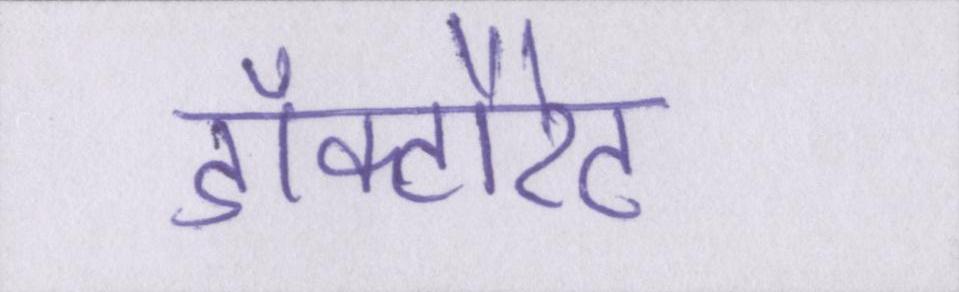
डॉक्टौरेट